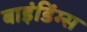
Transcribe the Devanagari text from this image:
बाइंडिंग्स